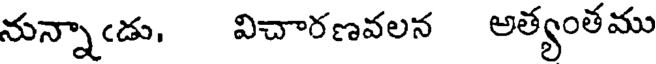
నున్నాఁడు, విచారణవలన అత్యంతము